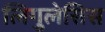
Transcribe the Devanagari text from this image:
लिगुलेसिस